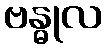
ဗန္ဓုလ